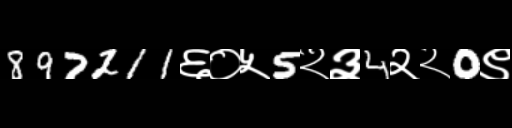
Text: 897211६०५5२३4२२0९